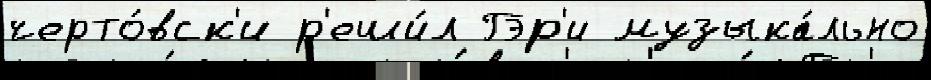
черто́вск'и р'еши́л Гэр'и музыка́льно